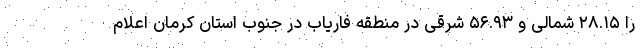
را ۲۸.۱۵ شمالی و ۵۶.۹۳ شرقی در منطقه فاریاب در جنوب استان کرمان اعلام